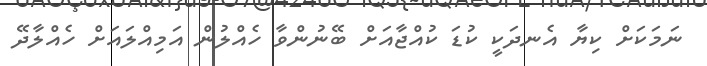
ނަމަކަށް ކިޔާ އެނދަކީ ކުޑަ ކުއްޖާއަށް ބޭނުންވާ ހެއްލުން އަމިއްލައަށް ހެއްލާދޭ